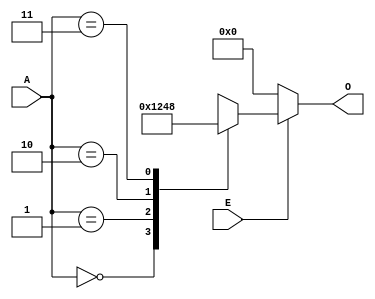
`timescale 1ns / 1ps
//////////////////////////////////////////////////////////////////////////////////
// Company: 
// Engineer: 
// 
// Design Name: 
// Module Name: decoder
// Project Name: 
// Target Devices: 
// Tool Versions: 
// Description: 
// 
// Dependencies: 
// 
// Revision:
// Revision 0.01 - File Created
// Additional Comments:
// 
//////////////////////////////////////////////////////////////////////////////////


module decoder(
    input [1:0] A,
    output reg [3:0] O,
    input E
    );
    
    always @*
        begin
            if (E == 1'b1)
                case(A)
                    2'b00: O<= 4'b0001;
                    2'b01: O<= 4'b0010;
                    2'b10: O<= 4'b0100;
                    2'b11: O<= 4'b1000;
                    default O<= 4'b0000;
                endcase
            else
                O<=4'b0000;
        end    
endmodule